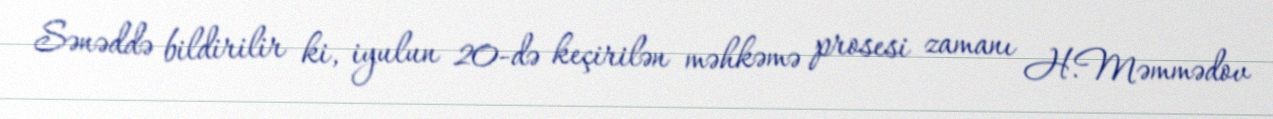
Sənəddə bildirilir ki, iyulun 20-də keçirilən məhkəmə prosesi zamanı H.Məmmədov